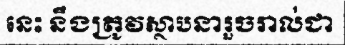
នេះ នឹងត្រូវស្ថាបនារួចរាល់ជា